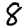
Digit: 8